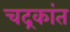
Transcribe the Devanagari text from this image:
चद्रकांत